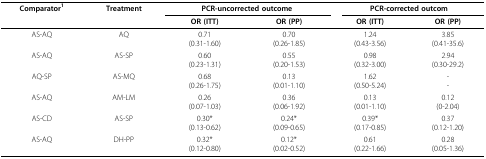
<table><thead><tr><td><b>Comparator<sup>1</sup></b></td><td><b>Treatment</b></td><td colspan="2"><b>PCR-uncorrected outcome</b></td><td colspan="2"><b>PCR-corrected outcom</b></td></tr><tr><td></td><td></td><td><b>OR (ITT)</b></td><td><b>OR (PP)</b></td><td><b>OR (ITT)</b></td><td><b>OR (PP)</b></td></tr></thead><tbody><tr><td>AS-AQ</td><td>AQ</td><td>0.71(0.31-1.60)</td><td>0.70(0.26-1.85)</td><td>1.24(0.43-3.56)</td><td>3.85(0.41-35.6)</td></tr><tr><td>AS-AQ</td><td>AS-SP</td><td>0.60(0.23-1.31)</td><td>0.55(0.20-1.53)</td><td>0.98(0.32-3.00)</td><td>2.94(0.30-29.2)</td></tr><tr><td>AQ-SP</td><td>AS-MQ</td><td>0.68(0.26-1.75)</td><td>0.13(0.01-1.10)</td><td>1.62(0.50-5.24)</td><td>--</td></tr><tr><td>AS-AQ</td><td>AM-LM</td><td>0.26(0.07-1.03)</td><td>0.36(0.06-1.92)</td><td>0.13(0.01-1.10)</td><td>0.12(0-2.04)</td></tr><tr><td>AS-CD</td><td>AS-SP</td><td>0.30*(0.13-0.62)</td><td>0.24*(0.09-0.65)</td><td>0.39*(0.17-0.85)</td><td>0.37(0.12-1.20)</td></tr><tr><td>AS-AQ</td><td>DH-PP</td><td>0.32*(0.12-0.80)</td><td>0.12*(0.02-0.52)</td><td>0.61(0.22-1.66)</td><td>0.28(0.05-1.36)</td></tr></tbody></table>